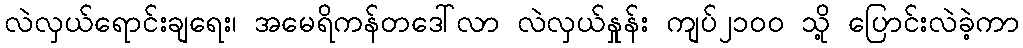
လဲလှယ်ရောင်းချရေး၊ အမေရိကန်တဒေါ်လာ လဲလှယ်နှုန်း ကျပ်၂၁၀၀ သို့ ပြောင်းလဲခဲ့ကာ